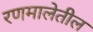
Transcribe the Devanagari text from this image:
रणमालेतील